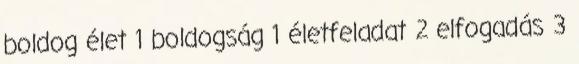
boldog élet 1 boldogság 1 életfeladat 2 elfogadás 3